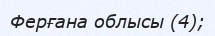
Ферғана облысы (4);